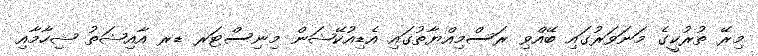
މިރޭ ތުރުކީގެ މަނަވަރުގައި ބޭއްވި ރަސްމިއްޔާތުގައި އެޑިއުކޭޝަން މިނިސްޓަރ ޑރ އާއިޝަތު ޝިހާމާއި